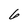
Character: 6